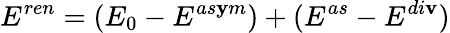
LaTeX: E^{ren}=(E_{0}-E^{as\mathbf{y}m})+(E^{as}-E^{di\mathbf{v}})